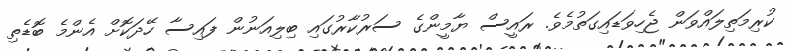
ކުރިމަތިލައްވަން ޖެހިވަޑައިގަތުމެވެ. ރައީސް ޔާމީންގެ ސަރުކާރުގައި ބިލިއަނުން ފައިސާ ހޭދަކޮށް އެންމެ ބޮޑެތި